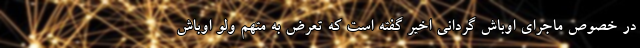
در خصوص ماجرای اوباش گردانی اخیر گفته است که تعرض به متهم ولو اوباش